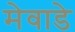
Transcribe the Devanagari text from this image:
मेवाडे